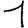
Digit: 1